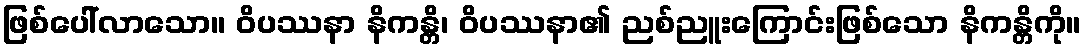
ဖြစ်ပေါ်လာသော။ ဝိပဿနာ နိကန္တိ၊ ဝိပဿနာ၏ ညစ်ညူးကြောင်းဖြစ်သော နိကန္တိကို။